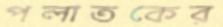
পলাতকের